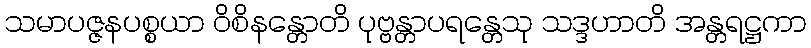
သမာပဇ္ဇနပစ္စယာ ဝိစိနန္တောတိ ပုဗ္ဗန္တာပရန္တေသု သဒ္ဒဟာတိ အန္တရဋ္ဌကာ